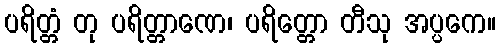
ပရိတ္တံ တု ပရိတ္တာဏေ၊ ပရိတ္တော တီသု အပ္ပကေ။